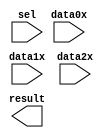
// megafunction wizard: %LPM_MUX%VBB%
// GENERATION: STANDARD
// VERSION: WM1.0
// MODULE: LPM_MUX 

// ============================================================
// Megafunction Name(s):
// 			LPM_MUX
//
// Simulation Library Files(s):
// 			lpm
// ============================================================
// ************************************************************
// THIS IS A WIZARD-GENERATED FILE. DO NOT EDIT THIS FILE!
//
// 21.1.1 Build 850 06/23/2022 SJ Lite Edition
// ************************************************************

//Copyright (C) 2022  Intel Corporation. All rights reserved.
//Your use of Intel Corporation's design tools, logic functions 
//and other software and tools, and any partner logic 
//functions, and any output files from any of the foregoing 
//(including device programming or simulation files), and any 
//associated documentation or information are expressly subject 
//to the terms and conditions of the Intel Program License 
//Subscription Agreement, the Intel Quartus Prime License Agreement,
//the Intel FPGA IP License Agreement, or other applicable license
//agreement, including, without limitation, that your use is for
//the sole purpose of programming logic devices manufactured by
//Intel and sold by Intel or its authorized distributors.  Please
//refer to the applicable agreement for further details, at
//https://fpgasoftware.intel.com/eula.

module mux_LUT (
	data0x,
	data1x,
	data2x,
	sel,
	result);

	input	[9:0]  data0x;
	input	[9:0]  data1x;
	input	[9:0]  data2x;
	input	[1:0]  sel;
	output	[9:0]  result;

endmodule

// ============================================================
// CNX file retrieval info
// ============================================================
// Retrieval info: PRIVATE: INTENDED_DEVICE_FAMILY STRING "MAX 10"
// Retrieval info: PRIVATE: SYNTH_WRAPPER_GEN_POSTFIX STRING "0"
// Retrieval info: PRIVATE: new_diagram STRING "1"
// Retrieval info: LIBRARY: lpm lpm.lpm_components.all
// Retrieval info: CONSTANT: LPM_SIZE NUMERIC "3"
// Retrieval info: CONSTANT: LPM_TYPE STRING "LPM_MUX"
// Retrieval info: CONSTANT: LPM_WIDTH NUMERIC "10"
// Retrieval info: CONSTANT: LPM_WIDTHS NUMERIC "2"
// Retrieval info: USED_PORT: data0x 0 0 10 0 INPUT NODEFVAL "data0x[9..0]"
// Retrieval info: USED_PORT: data1x 0 0 10 0 INPUT NODEFVAL "data1x[9..0]"
// Retrieval info: USED_PORT: data2x 0 0 10 0 INPUT NODEFVAL "data2x[9..0]"
// Retrieval info: USED_PORT: result 0 0 10 0 OUTPUT NODEFVAL "result[9..0]"
// Retrieval info: USED_PORT: sel 0 0 2 0 INPUT NODEFVAL "sel[1..0]"
// Retrieval info: CONNECT: @data 0 0 10 0 data0x 0 0 10 0
// Retrieval info: CONNECT: @data 0 0 10 10 data1x 0 0 10 0
// Retrieval info: CONNECT: @data 0 0 10 20 data2x 0 0 10 0
// Retrieval info: CONNECT: @sel 0 0 2 0 sel 0 0 2 0
// Retrieval info: CONNECT: result 0 0 10 0 @result 0 0 10 0
// Retrieval info: GEN_FILE: TYPE_NORMAL mux_LUT.v TRUE
// Retrieval info: GEN_FILE: TYPE_NORMAL mux_LUT.inc FALSE
// Retrieval info: GEN_FILE: TYPE_NORMAL mux_LUT.cmp FALSE
// Retrieval info: GEN_FILE: TYPE_NORMAL mux_LUT.bsf TRUE
// Retrieval info: GEN_FILE: TYPE_NORMAL mux_LUT_inst.v FALSE
// Retrieval info: GEN_FILE: TYPE_NORMAL mux_LUT_bb.v TRUE
// Retrieval info: LIB_FILE: lpm